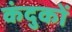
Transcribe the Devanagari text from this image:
कंदुकों